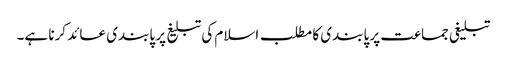
تبلیغی جماعت پر پابندی کا مطلب اسلام کی تبلیغ پر پابندی عائد کرنا ہے۔